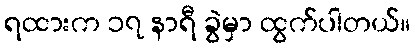
ရထားက ၁၇ နာရီ ခွဲမှာ ထွက်ပါတယ်။